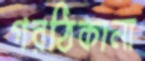
গরঠিকানা